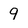
Character: 9